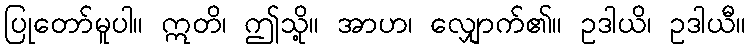
ပြုတော်မူပါ။ ဣတိ၊ ဤသို့။ အာဟ၊ လျှောက်၏။ ဥဒါယိ၊ ဥဒါယီ။